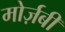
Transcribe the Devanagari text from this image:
मोर्ज़बी